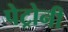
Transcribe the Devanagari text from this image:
पेट्रोनी